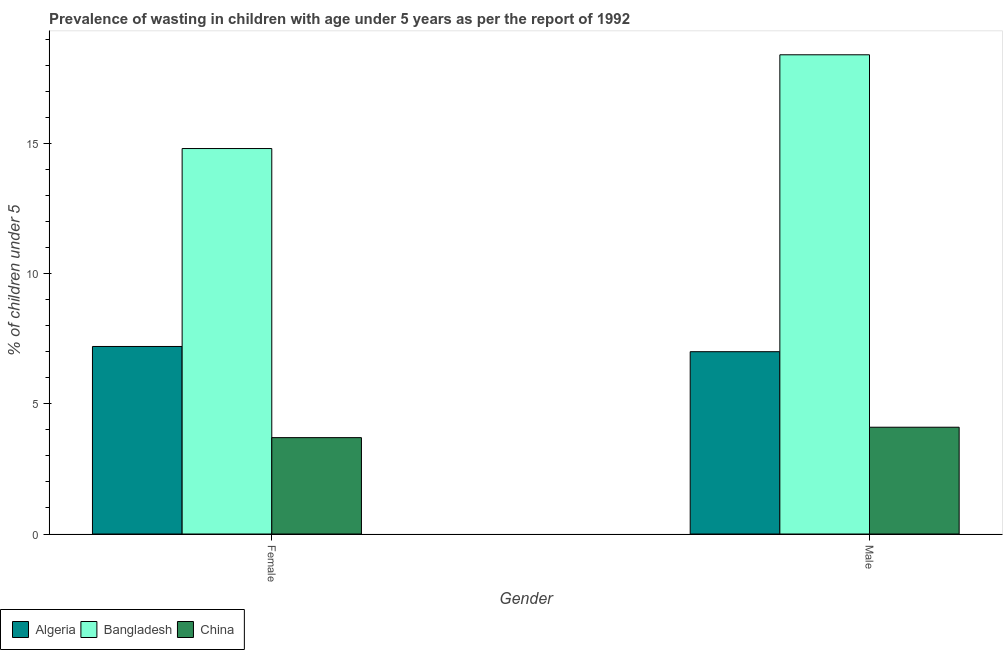
| Gender | Algeria | Bangladesh | China |
 | --- | --- | --- | --- |
 | Female | 7.2 | 14.8 | 3.7 |
 | Male | 7 | 18.4 | 4.1 |